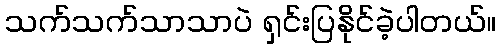
သက်သက်သာသာပဲ ရှင်းပြနိုင်ခဲ့ပါတယ်။